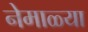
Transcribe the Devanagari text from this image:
नेमाळ्या